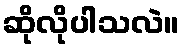
ဆိုလိုပါသလဲ။